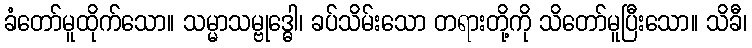
ခံတော်မူထိုက်သော။ သမ္မာသမ္ဗုဒ္ဓေါ၊ ခပ်သိမ်းသော တရားတို့ကို သိတော်မူပြီးသော။ သိခီ၊